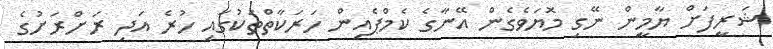
ޝަރީފަށް ޔާމީން ނޭގި މޮޔަވެގެން އޭނާގެ ކެމްޕެއިން ހަރަކާތްތަކުގައި ހުރެ އަދި ރަށްރަށުގެ